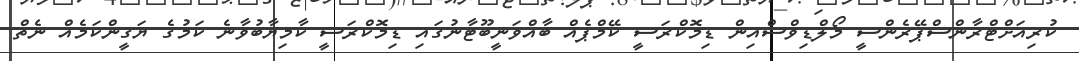
ކުރިއަށްޓްރާންސްޕޭރެންސީ މޯލްޑިވްސްއިން ޑިމޮކްރަސީ ކޭމްޕެއް ބާއްވަނީބޫޓާނުގައި ޑިމޮކްރަސީ ކާމިޔާބުވާނެ ކަމުގެ ޔަގީންކަމެއް ނެތް